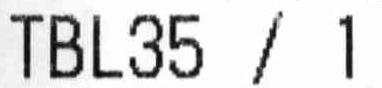
TBL35 / 1